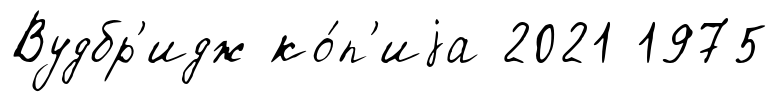
Вудбр'идж ко́п'иjа 2021 1975